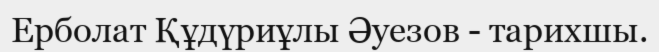
Ерболат Құдүриұлы Әуезов - тарихшы.